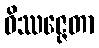
ဝိဿဇ္ဇေတာ